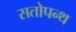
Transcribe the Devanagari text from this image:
सतोपन्थ